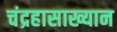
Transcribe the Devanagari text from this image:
चंद्रहासाख्यान